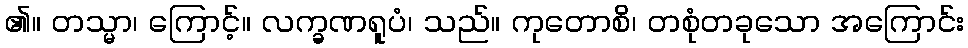
၏။ တသ္မာ၊ ကြောင့်။ လက္ခဏရူပံ၊ သည်။ ကုတောစိ၊ တစုံတခုသော အကြောင်း